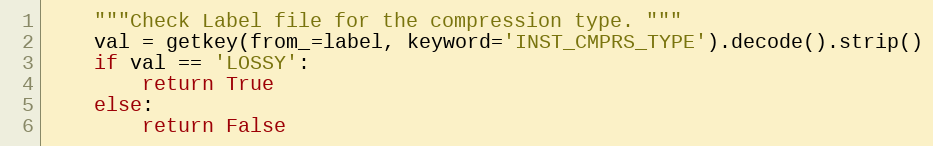
Language: Python
    """Check Label file for the compression type. """
    val = getkey(from_=label, keyword='INST_CMPRS_TYPE').decode().strip()
    if val == 'LOSSY':
        return True
    else:
        return False